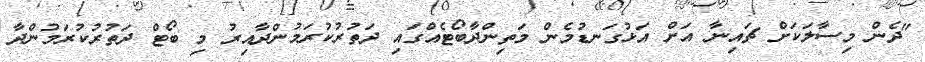
"ދެން މިސާލަކަށް ޗައިނާ އަށް އަޅުގަނޑުމެން މަތިންދާބޯޓެއްގައި ދަތުރުކުރަމުންދާއިރު މި ބޯޓް ދަތުރުކުރަމުންދާ